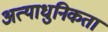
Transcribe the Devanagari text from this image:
अत्याधुनिकता